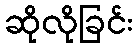
ဆိုလိုခြင်း